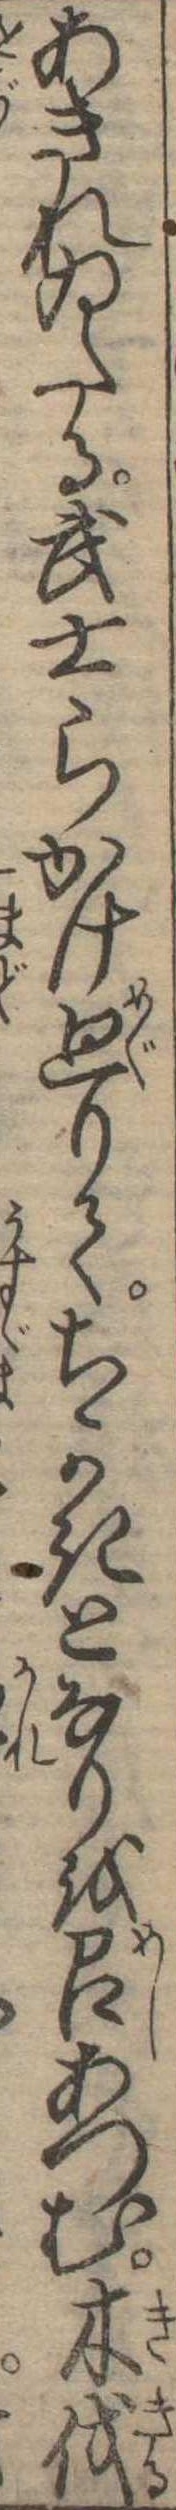
あきれゐたる武士らかけ廻りてちかきとなりを召あつむ木伐